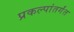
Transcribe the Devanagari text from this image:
प्रकल्पांतर्गंत